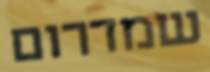
שמדרום